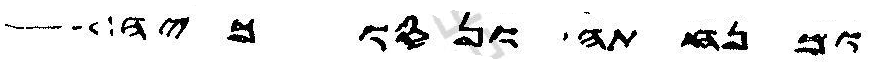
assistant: ומנחתה ונסוכיה